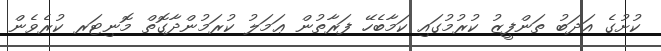
ކުށުގެ އަދަބު ތަންފީޒު ކުރުމުގައި ކަމާބެހޭ ފަރާތުން ޢަމަލު ކުރަމުންދާގޮތް މޮނިޓަރ ކުރެވެން